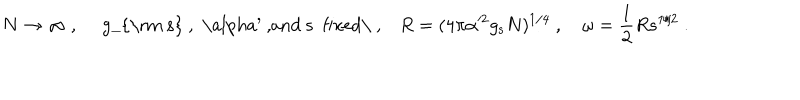
LaTeX: N \to \infty \ , \quad \mathrm { ~ g _ { \mathrm { ~ s } } ~ , ~ \ a l p h a ^ { \prime } ~ , a n d ~ s ~ f i x e d \ , } \quad R = ( 4 \pi \alpha ^ { 2 } g _ { \mathrm { s } } N ) ^ { 1 / 4 } \ , \quad \omega = \frac { 1 } { 2 } R s ^ { 1 / 2 } \ .